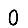
Digit: 0